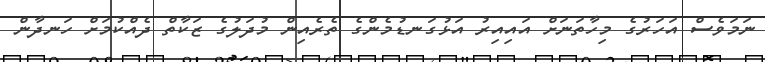
ނަމަވެސް އަހަރުގެ މިހާތަނަށް އައިއިރު އަޅުގަނޑުމެންގެ ތެރެއިން މުދަލުގެ ޒަކާތް ދެއްކުމަށް ހަނދާން